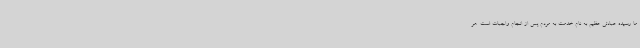
ما رسیده عبادتی عظیم به نام خدمت به مردم پس از انجام واجبات است. هر